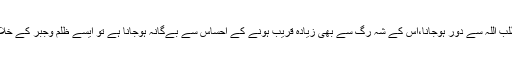
تو ظلم وجبر کی حکومت خیر سے دور کرتی ہے اور خیر سے دوری کا مطلب اللہ سے دور ہوجانا،اس کے شہ رگ سے بھی زیادہ قریب ہونے کے احساس سے بےگانہ ہوجانا ہے تو ایسے ظلم وجبر کے خلاف اٹھنے والے قربت الی اللہ کی جانب سفر کی دعوت دینے والے ہوتے ہیں۔